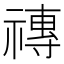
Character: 𥛥